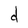
Character: d